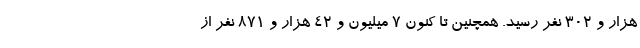
هزار و ۳۰۲ نفر رسید. همچنین تا کنون ۷ میلیون و ۴۲ هزار و ۸۷۱ نفر از